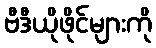
ဗီဒီယိုဖိုင်များကို